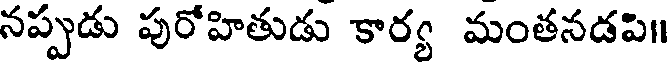
నప్పుడు పురోహితుడు కార్య మంతనడపి॥